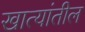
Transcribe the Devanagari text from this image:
खात्यांतील